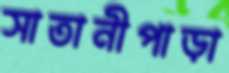
সাতানীপাড়া